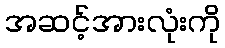
အဆင့်အားလုံးကို